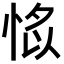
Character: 𢜁